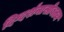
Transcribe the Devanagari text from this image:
दिग्दर्शनासोबतच